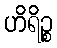
ဟိရိဉ္စ